Report on horse surra - Volume II, Part II
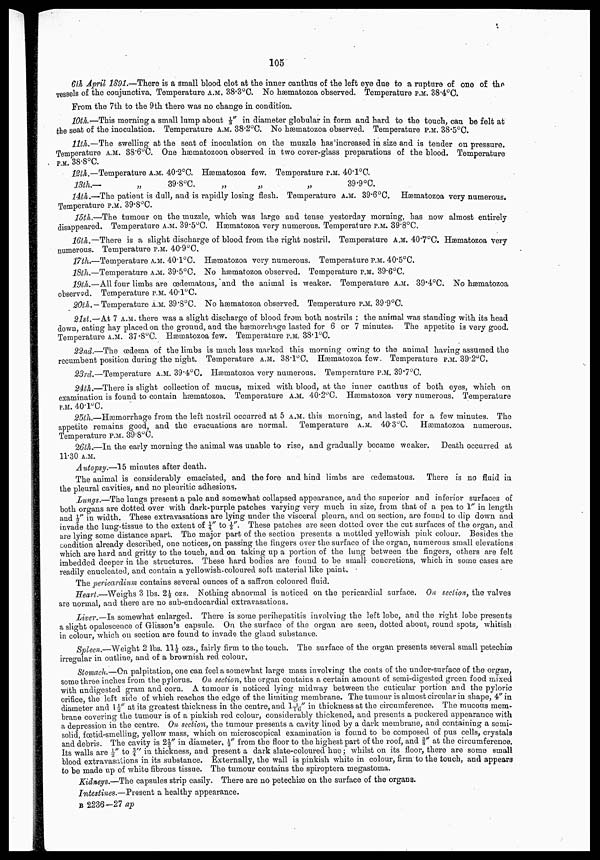
105
6th April 1891.—There is a small blood clot at the inner canthus of the left eye due to a rupture of one of the
vessels of the conjunctiva. Temperature A.M. 38.3°C. No hæmatozoa observed. Temperature P.M. 38.4°C.
From the 7th to the 9th there was no change in condition.
10th.— This morning a small lump about 1/3" in diameter globular in form and hard to the touch, can be felt at
the seat of the inoculation. Temperature A.M. 38.2°C. NO hæmatozoa observed. Temperature P.M. 38.5°C.
11th.—The swelling at the seat of inoculation on the muzzle has increased in size and is tender on pressure.
Temperature A.M. 38.6°C. One hæmatozoon observed in two cover-glass preparations of the blood. Temperature
P.M. 38.8°C.
12th.—Temperature A.M. 40.2°C. Hæmatozoa few. Temperature P.M. 40.1°C.
13th.—
„
39.8°C.
„
„
„
39.9°C.
14th.—The patient is dull, and is rapidly losing flesh. Temperature A.M. 39.6°C. Hæmatozoa very numerous.
Temperature P.M. 39.8°C.
15th.—The tumour on the muzzle, which was large and tense yesterday morning, has now almost entirely
disappeared. Temperature A.M. 39.5°C. Hæmatozoa very numerous. Temperature P.M. 39.8°C.
16th.—There is a slight discharge of blood from the right nostril. Temperature A.M. 40.7°C. Hæmatozoa very
numerous. Temperature P.M. 40.9°C.
17th.—Temperature A.M. 40.1°C. Hæmatozoa very numerous. Temperature P.M. 40.5°C.
18th.—Temperature A.M. 39.5°C. No hæmatozoa observed. Temperature P.M. 39.6°C.
19th.—All four limbs are œdematous, and the animal is weaker. Temperature A.M. 39.4°C. NO hæmatozoa
observed. Temperature P.M. 40.1°C.
20th. — Temperature A.M. 39.8°C. No hæmatozoa observed. Temperature P.M. 39.9°C.
21st.—At 7 A.M. there was a slight discharge of blood from both nostrils ; the animal was standing with its head
down, eating hay placed on the ground, and the hæmorrhage lasted for 6 or 7 minutes. The appetite is very good.
Temperature A.M. 37.8°C. Hæmatozoa few. Temperature P.M. 38.1°C.
22nd.—The œdema of the limbs is much less marked this morning owing to the animal having assumed the
recumbent position during the night. Temperature A.M. 38.1°C. Hæmatozoa few. Temperature P.M. 39.2°C
23rd.—Temperature A.M. 39.4°C. Hæmatozoa very numerous. Temperature P.M. 39.7°C.
24th.—There is slight collection of mucus, mixed with blood, at the inner canthus of both eyes, which on
examination is found to contain hæmatozoa. Temperature A.M. 40.2°C. Hæmatozoa very numerous. Temperature
P.M. 40.1°C.
25th.—Hæmorrhage from the left nostril occurred at 5 A.M. this morning, and lasted for a few minutes. The
appetite remains good, and the evacuations are normal. Temperature A.M. 40.3°C. Hæmatozoa numerous.
Temperature P.M. 39.8°C.
26th.—In the early morning the animal was unable to rise, and gradually became weaker, Death occurred at
11.30 A.M.
Autopsy.—15 minutes after death.
The animal is considerably emaciated, and the fore and hind limbs are
œdematous. There is no fluid in
the pleural cavities, and no pleuritic adhesions.
Lungs.—The lungs present a pale and somewhat collapsed appearance, and the superior and inferior surfaces of
both organs are dotted over with dark-purple patches varying very much in size, from that of a pea to 1" in length
and ½" in width. These extravasations are lying under the visceral pleura, and on section, are found to dip down and
invade the lung-tissue to the extent of ¼" to 1/3". These patches are seen dotted over the cut surfaces of the organ, and
are lying some distance apart. The major part of the section presents a mottled yellowish pink colour. Besides the
condition already described, one notices, on passing the fingers over the surface of the organ, numerous small elevations
which are hard and gritty to the touch, and on taking up a portion of the lung between the fingers, others are felt
imbedded deeper in the structures. These hard bodies are found to be small concretions, which in some cases are
readily enucleated, and contain a yellowish-coloured soft material like paint.
The pericardium contains several ounces of a saffron coloured fluid.
Heart.—Weighs 3 lbs. 2½ ozs. Nothing abnormal is noticed on the pericardial surface. On section, the valves
are normal, and there are no sub-endocardial extravasations.
Liver.—Is somewhat enlarged. There is some perihepatitis involving the left lobe, and the right lobe presents
a slight opalescence of Glisson's capsule. On the surface of the organ are seen, dotted about, round spots, whitish
in colour, which on section are found to invade the gland substance.
Spleen.—Weight 2 lbs. 11½ ozs., fairly firm to the touch. The surface of the organ presents several small petechiæ
irregular in outline, and of a brownish red colour.
Stomach.—On palpitation, one can feel a somewhat large mass involving the coats of the under-surface of the organ,
some three inches from the pylorus. On section, the organ contains a certain amount of semi-digested green food mixed
with undigested gram and corn. A tumour is noticed lying midway between the cuticular portion and the pyloric
orifice, the left side of which reaches the edge of the limiting membrane. The tumour is almost circular in shape, 4" in
diameter and 1½" at its greatest thickness in the centre, and 1 1/16" in thickness at the circumference. The mucous mem-
brane covering the tumour is of a pinkish red colour, considerably thickened, and presents a puckered appearance with
a depression in the centre. On section, the tumour presents a cavity lined by a dark membrane, and containing a semi-
solid, fœtid-smelling, yellow mass, which on microscopical examination is found to be composed of pus cells, crystals
and debris. The cavity is 2½" in diameter, ½" from the floor to the highest part of the roof, and 3/8" at the circumference.
Its walls are ½" to ¾" in thickness, and present a dark slate-coloured hue ; whilst on its floor, there are some small
blood extravasations in its substance. Externally, the wall is pinkish white in colour, firm to the touch, and appears
to be made up of white fibrous tissue. The tumour contains the spiroptera megastoma.
Kidneys.—The capsules strip easily. There are no petechiæ on the surface of the organs.
Intestines.—Present a healthy appearance.
B 2236-27 ap